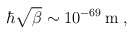
\begin{align*}\hbar\sqrt{\beta} \sim 10^{-69}\,\mathrm{m}\;,\end{align*}